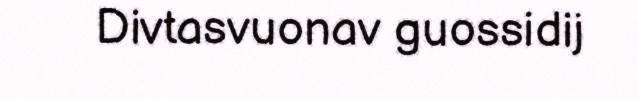
Divtasvuonav guossidij